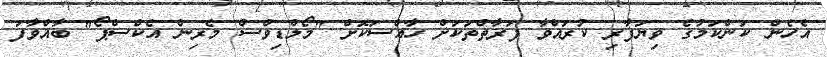
އެހެން ކަންކަމުގެ ވިޔަފާރި ކުރައްވާ ފަރާތްތަކަށް ހާއްސަކޮށް "މޯލްޑިވްސް މެރިން އެކްސްޕޯ" ބާއްވާފަ